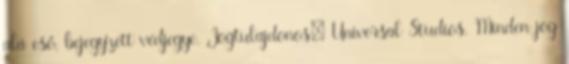
alá eső, bejegyzett védjegye. Jogtulajdonos: Universal Studios. Minden jog